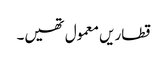
قطاریں معمول تھیں۔